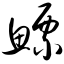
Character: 鳔